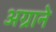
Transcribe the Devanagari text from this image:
अग्राने